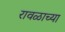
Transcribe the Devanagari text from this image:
रावळाच्या